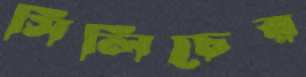
সিলিচের